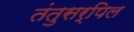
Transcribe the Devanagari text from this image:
तंतुसर्पिल